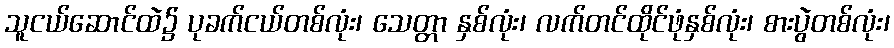
သူငယ်ဆောင်ထဲ၌ ပုခက်ငယ်တစ်လုံး၊ သေတ္တာ နှစ်လုံး၊ လက်တင်ထိုင်ဖုံနှစ်လုံး၊ စားပွဲတစ်လုံး၊